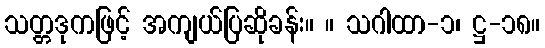
သတ္တဒုကဖြင့် အကျယ်ပြဆိုခန်း။ ။ သဂါထာ-၁၊ ဋ္ဌ-၁၈။